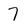
Character: 7